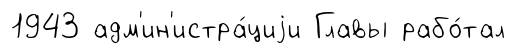
1943 адм'ин'истра́циjи Главы рабо́тал